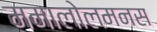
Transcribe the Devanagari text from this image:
ममालोलमनस